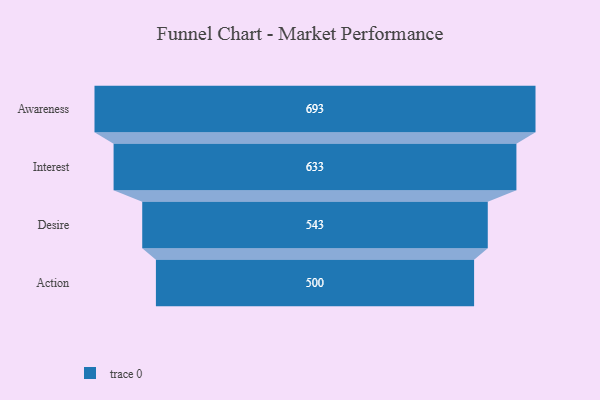
{"axis": {"x": "Stage", "y": "Value"}, "legend": [""], "data": [{"x": "Awareness", "y": 693.0, "type": ""}, {"x": "Interest", "y": 633.0, "type": ""}, {"x": "Desire", "y": 543.0, "type": ""}, {"x": "Action", "y": 500, "type": ""}]}